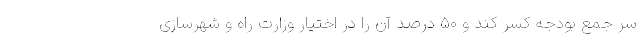
سر جمع بودجه کسر ‌کند و ۵۰ درصد آن را در اختیار وزارت راه و شهرسازی